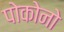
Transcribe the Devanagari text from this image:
पोकोनो